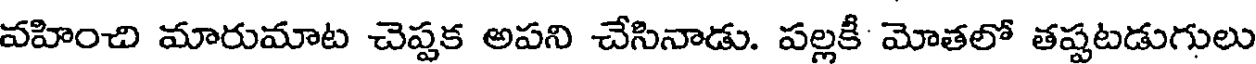
వహించి మారుమాట చెప్పక అపని చేసినాడు. పల్లకీ మోతలో తప్పటడుగులు